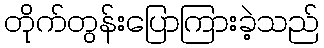
တိုက်တွန်းပြောကြားခဲ့သည်